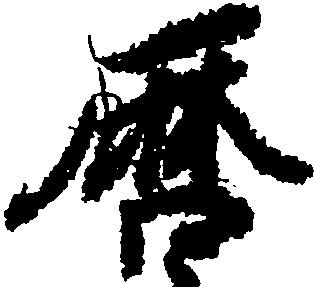
暦